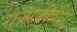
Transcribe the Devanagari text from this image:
राजाजींच्या